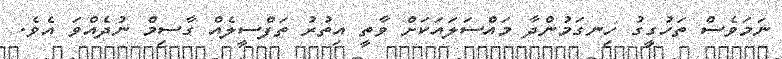
ނަމަވެސް ތަހުގީގު ހިނގަމުންދާ މައްސަލައަކަށް ވާތީ އިތުރު ތަފްސީލެއް ގާސިމް ނުދެއްވަ އެވެ.